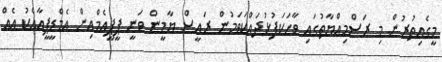
މީގެއިތުރުން މި ރަސްމިއްޔާތުގައި ވާހަކަފުޅުދައްކަވަމުން ރައީސް ޔާމީން ވަނީ ޕީޕީއެމްއިން އެމްޑީޕީއާއެކު އެއް